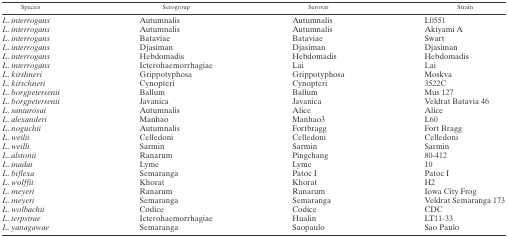
<table><thead><tr><td><b>Species</b></td><td><b>Serogroup</b></td><td><b>Serovar</b></td><td><b>Strain</b></td></tr></thead><tbody><tr><td><i>L. interrogans</i></td><td>Autumnalis</td><td>Autumnalis</td><td>L0551</td></tr><tr><td><i>L. interrogans</i></td><td>Autumnalis</td><td>Autumnalis</td><td>Akiyami A</td></tr><tr><td><i>L. interrogans</i></td><td>Bataviae</td><td>Bataviae</td><td>Swart</td></tr><tr><td><i>L. interrogans</i></td><td>Djasiman</td><td>Djasiman</td><td>Djasiman</td></tr><tr><td><i>L. interrogans</i></td><td>Hebdomadis</td><td>Hebdomadis</td><td>Hebdomadis</td></tr><tr><td><i>L. interrogans</i></td><td>Icterohaemorrhagiae</td><td>Lai</td><td>Lai</td></tr><tr><td><i>L. kirshneri</i></td><td>Grippotyphosa</td><td>Grippotyphosa</td><td>Moskva</td></tr><tr><td><i>L. kirschneri</i></td><td>Cynopteri</td><td>Cynopteri</td><td>3522C</td></tr><tr><td><i>L. borgpetersenii</i></td><td>Ballum</td><td>Ballum</td><td>Mus 127</td></tr><tr><td><i>L. borgpetersenii</i></td><td>Javanica</td><td>Javanica</td><td>Veldrat Batavia 46</td></tr><tr><td><i>L. santarosai</i></td><td>Autumnalis</td><td>Alice</td><td>Alice</td></tr><tr><td><i>L. alexanderi</i></td><td>Manhao</td><td>Manhao3</td><td>L60</td></tr><tr><td><i>L. noguchii</i></td><td>Autumnalis</td><td>Fortbragg</td><td>Fort Bragg</td></tr><tr><td><i>L. weilii</i></td><td>Celledoni</td><td>Celledoni</td><td>Celledoni</td></tr><tr><td><i>L. weilli</i></td><td>Sarmin</td><td>Sarmin</td><td>Sarmin</td></tr><tr><td><i>L. alstonii</i></td><td>Ranarum</td><td>Pingchang</td><td>80-412</td></tr><tr><td><i>L. inadai</i></td><td>Lyme</td><td>Lyme</td><td>10</td></tr><tr><td><i>L. biflexa</i></td><td>Semaranga</td><td>Patoc I</td><td>Patoc I</td></tr><tr><td><i>L. wolffii</i></td><td>Khorat</td><td>Khorat</td><td>H2</td></tr><tr><td><i>L. meyeri</i></td><td>Ranarum</td><td>Ranarum</td><td>Iowa City Frog</td></tr><tr><td><i>L. meyeri</i></td><td>Semaranga</td><td>Semaranga</td><td>Veldrat Semaranga 173</td></tr><tr><td><i>L. wolbachii</i></td><td>Codice</td><td>Codice</td><td>CDC</td></tr><tr><td><i>L. terpstrae</i></td><td>Icterohaemorrhagiae</td><td>Hualin</td><td>LT11-33</td></tr><tr><td><i>L. yanagawae</i></td><td>Semaranga</td><td>Saopaulo</td><td>Sao Paulo</td></tr></tbody></table>